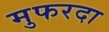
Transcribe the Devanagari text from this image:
मुफरदा